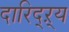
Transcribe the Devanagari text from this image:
दारिद्‌ऱ्य